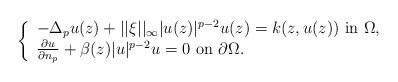
LaTeX: \begin{align*}\left\{ \begin{array}{l}-\Delta_p u(z)+||\xi||_\infty|u(z)|^{p-2}u(z)=k(z,u(z))\ \mbox{in}\ \Omega,\\\frac{\partial u}{\partial n_p}+\beta(z)|u|^{p-2}u=0\ \mbox{on}\ \partial\Omega.\end{array} \right.\end{align*}